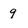
Character: 9